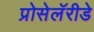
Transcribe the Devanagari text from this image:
प्रोसेलॅरीडे